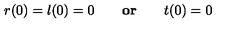
r ( 0 ) = l ( 0 ) = 0 \qquad { \bf o r } \qquad t ( 0 ) = 0